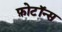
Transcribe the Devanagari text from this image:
फ़ोटॉन्स